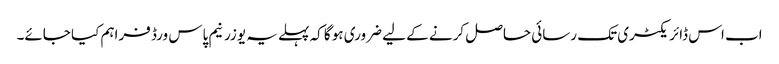
اب اس ڈائریکٹری تک رسائی حاصل کرنے کے لیے ضروری ہو گا کہ پہلے یہ یوزرنیم پاس ورڈ فراہم کیا جائے۔